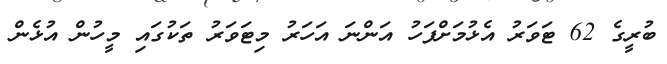
ބުރީގެ 62 ޓަވަރު އެޅުމަށްފަހު އަންނަ އަހަރު މިޓަވަރު ތަކުގައި މީހުން އުޅެން